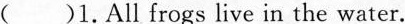
()1.All frogs live in the water.